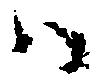
ハ